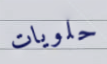
حلويات